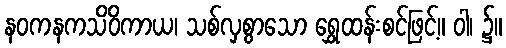
နဝကနကသိဝိကာယ၊ သစ်လှစွာသော ရွှေထန်းစင်ဖြင့်။ ဝါ၊ ၌။